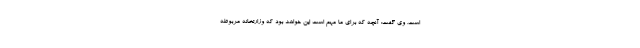
است. وی گفت: آنچه که برای ما مهم است این خواهد بود که وزارتخانه مربوطه